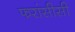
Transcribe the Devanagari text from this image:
फरांसीसी